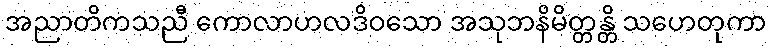
အညာတိကသညီ ကောလာဟလဒိဝသော အသုဘနိမိတ္တန္တိ သဟေတုကာ